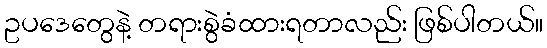
ဥပဒေတွေနဲ့ တရားစွဲခံထားရတာလည်း ဖြစ်ပါတယ်။